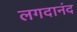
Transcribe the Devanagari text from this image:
लगदानंद